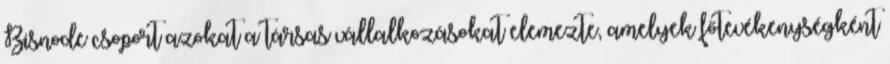
Bisnode csoport azokat a társas vállalkozásokat elemezte, amelyek főtevékenységként